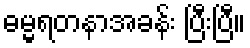
ဓမ္မရတနာအခန်း ပြီးပြီ။